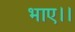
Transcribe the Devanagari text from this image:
भाए।।